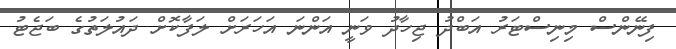
ފިނޭންސް މިނިސްޓަރު އަބްދު ޖިހާދު ވަނީ އަންނަ އަހަރަށް ލަފާކޮށް ދައުލަތުގެ ބަޖެޓު